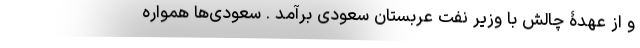
و از عهدۀ چالش با وزیر نفت عربستان سعودی برآمد . سعودی‌ها همواره